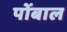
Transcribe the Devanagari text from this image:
पोंबाल